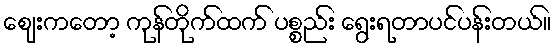
ဈေးကတော့ ကုန်တိုက်ထက် ပစ္စည်း ရွေးရတာပင်ပန်းတယ်။